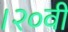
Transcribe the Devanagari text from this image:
।२०वीं